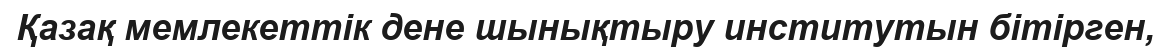
Қазақ мемлекеттік дене шынықтыру институтын бітірген,